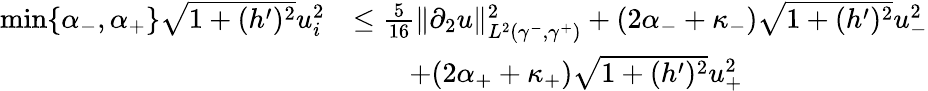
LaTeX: \begin{array}{rl}{\operatorname*{min}\lbrace\alpha_{-},\alpha_{+}\rbrace\sqrt{1+(h^{\prime})^{2}}u_{i}^{2}}&{\leq\frac{5}{16}\| \partial_{2}u\| _{L^{2}(\gamma^{-},\gamma^{+})}^{2}+(2\alpha_{-}+\kappa_{-})\sqrt{1+(h^{\prime})^{2}}u_{-}^{2}}\\ &{\qquad+(2\alpha_{+}+\kappa_{+})\sqrt{1+(h^{\prime})^{2}}u_{+}^{2}}\end{array}